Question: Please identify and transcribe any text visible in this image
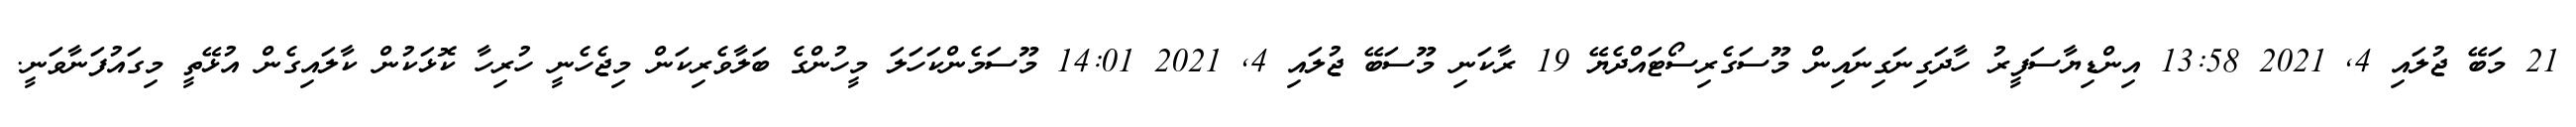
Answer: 21 މަބޭ ޖުލައި 4, 2021 13:58 އިންޑިޔާސަފީރު ހާދަގިނަގިނައިން މޫސަގެރިސޯޓައްދެޔޭ 19 ރާކަނި މޫސަބޭ ޖުލައި 4, 2021 14:01 މޫސަމެންކަހަލަ މީހުންގެ ބަލާވެރިކަން މިޖެހެނީ ހުރިހާ ކޮޅަކުން ކާލައިގެން އުޅޭތީ މިގައުފަނާވަނީ.